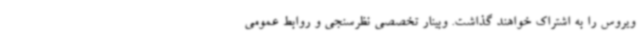
ویروس را به اشتراک خواهند گذاشت. وبینار تخصصی نظرسنجی و روابط عمومی